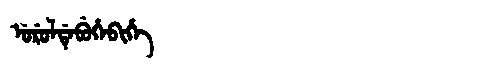
Manchu: ᡠᡵᡠᠯᡩᡝᠪᡠᡥᡝᠪᡳᡥᡝ
Romanization: URULDEBUHEBIHE